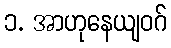
၁. အာဟုနေယျဝဂ်